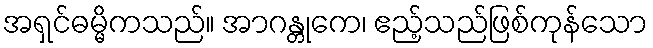
အရှင်ဓမ္မိကသည်။ အာဂန္တုကေ၊ ဧည့်သည်ဖြစ်ကုန်သော